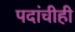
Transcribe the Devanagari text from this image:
पदांचीही